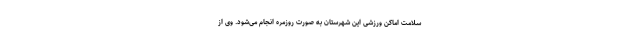
سلامت اماکن ورزشی این شهرستان به صورت روزمره انجام می‌شود. وی از